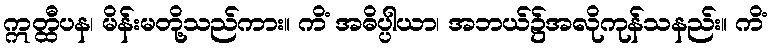
ဣတ္ထီပန၊ မိန်းမတို့သည်ကား။ ကိံ အဓိပ္ပါယာ၊ အဘယ်၌အလိုကုန်သနည်း။ ကိံ